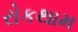
રોકથામ